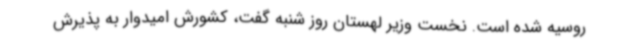
روسیه شده است. نخست وزیر لهستان روز شنبه گفت، کشورش امیدوار به پذیرش